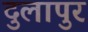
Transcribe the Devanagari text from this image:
दुलापुर